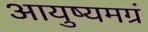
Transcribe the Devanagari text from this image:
आयुष्यमग्रं